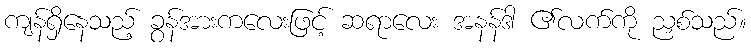
ကျန်ရှိနေသည့် ခွန်အားကလေးဖြင့် ဆရာလေး အနန်ဒါ ၏လက်ကို ညှစ်သည်။